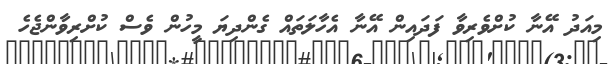
މިއަދު އޭނާ ކުށްވެރިވާ ފަދައިން އޭނާ އެހާލަތައް ގެންދިޔަ މީހުން ވެސް ކުށްރިވާންޖެހެ